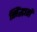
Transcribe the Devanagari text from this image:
सिंद्धातों